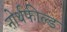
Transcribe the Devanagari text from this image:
नोर्थफील्ड